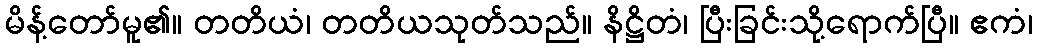
မိန့်တော်မူ၏။ တတိယံ၊ တတိယသုတ်သည်။ နိဋ္ဌိတံ၊ ပြီးခြင်းသို့ရောက်ပြီ။ ဧကံ၊